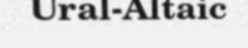
Ural-Altaic